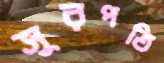
সুরপতি